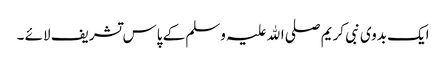
ایک بدوی نبی کریم صلی اﷲ علیہ وسلم کے پاس تشریف لائے ۔